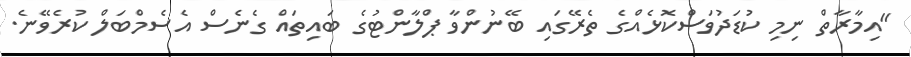
"އިމާރާތް ނިމި ކުޑަދުވަސްކޮޅެއްގެ ތެރޭގައި ބޭނުންވާ ޕްލާންޓުގެ ބައިތައް ގެނެސް އެސެމްބަލް ކުރެވޭނެ.